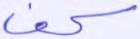
كف